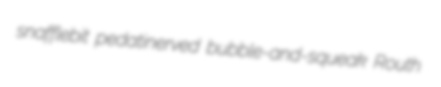
snafflebit pedatinerved bubble-and-squeak Routh